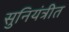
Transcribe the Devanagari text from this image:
सुनियंत्रीत